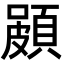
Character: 𮨐